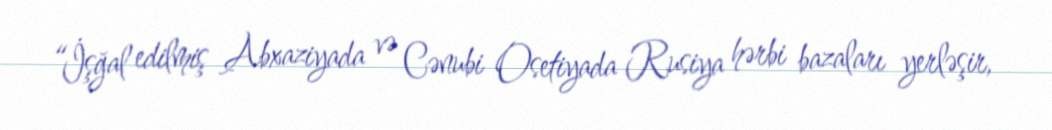
“İşğal edilmiş Abxaziyada və Cənubi Osetiyada Rusiya hərbi bazaları yerləşir,